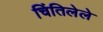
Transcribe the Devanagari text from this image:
चिंतिलेले